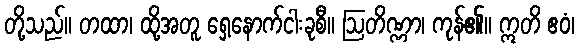
တို့သည်။ တထာ၊ ထို့အတူ ရှေ့နောက်ငါးခုစီ။ ဩတိဏ္ဏာ၊ ကုန်၏။ ဣတိ ဧဝံ၊